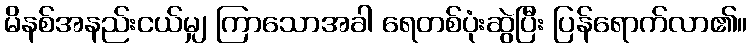
မိနစ်အနည်းငယ်မျှ ကြာသောအခါ ရေတစ်ပုံးဆွဲပြီး ပြန်ရောက်လာ၏။